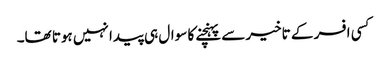
کسی افسر کے تاخیر سے پہنچنے کا سوال ہی پیدا نہیں ہوتا تھا۔